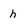
Character: h